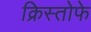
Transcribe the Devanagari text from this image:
क्रिस्तोफे